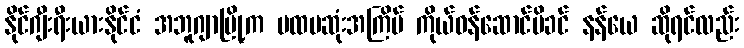
နိုင်ဂျီးရီးယားနိုင်ငံ အဘူဂျာမြို့က ပထမဆုံးအကြိမ် ကိုယ်ဝန်ဆောင်မိခင် နန်ယေ ဆိုရင်လည်း